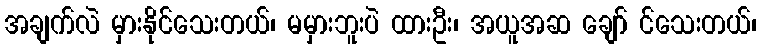
အချက်လဲ မှားနိုင်သေးတယ်၊ မမှားဘူးပဲ ထားဦး၊ အယူအဆ ချော် င်သေးတယ်၊